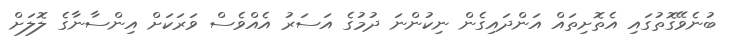
ބުނެވޭގޮތުގައި އެތޮށިތައް އަންދައިގެން ނިކުންނަ ދުމުގެ އަސަރު އެއްވެސް ވަރަކަށް އިންސާނާގެ ލޮލަށް